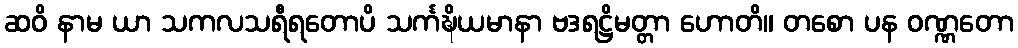
ဆဝိ နာမ ယာ သကလသရီရတောပိ သင်္ကဍ္ဎိယမာနာ ဗဒရဋ္ဌိမတ္တာ ဟောတိ။ တစော ပန ဝဏ္ဏတော